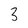
Character: 3